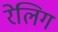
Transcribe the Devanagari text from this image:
रेलिग